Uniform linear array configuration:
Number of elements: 48
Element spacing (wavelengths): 0.5
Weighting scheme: blackman
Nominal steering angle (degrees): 45
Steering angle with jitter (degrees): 46.145
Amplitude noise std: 0.05
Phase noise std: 0.05

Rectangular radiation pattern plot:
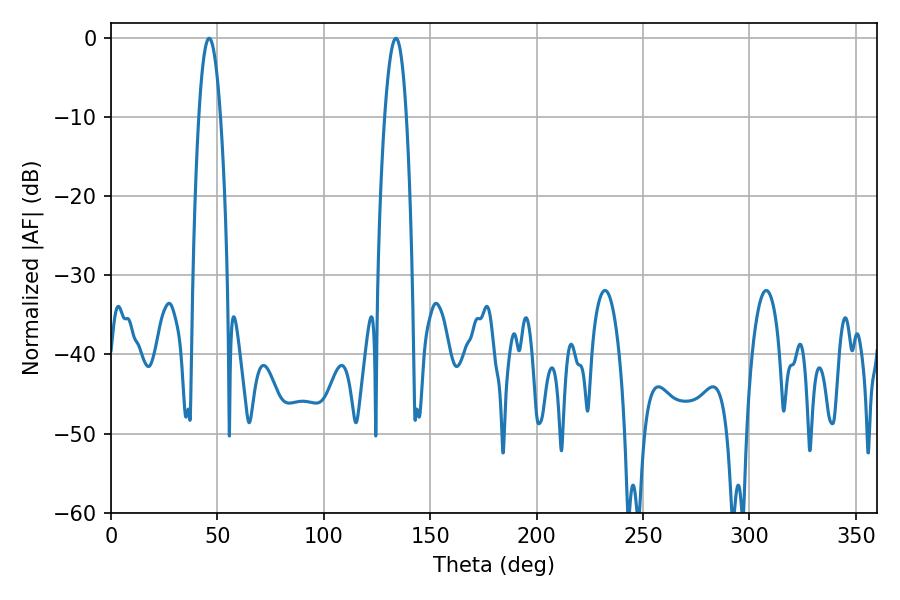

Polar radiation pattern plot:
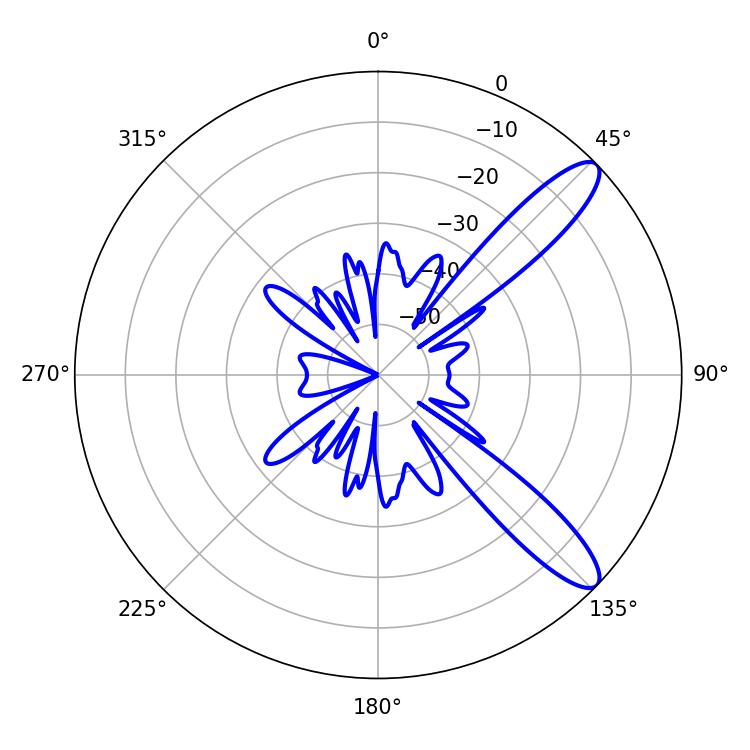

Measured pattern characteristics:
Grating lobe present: FALSE
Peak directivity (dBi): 11.179
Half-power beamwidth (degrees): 5.58
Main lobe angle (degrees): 46.08